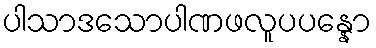
ပါသာဒသောပါဏဖလူပပန္နော